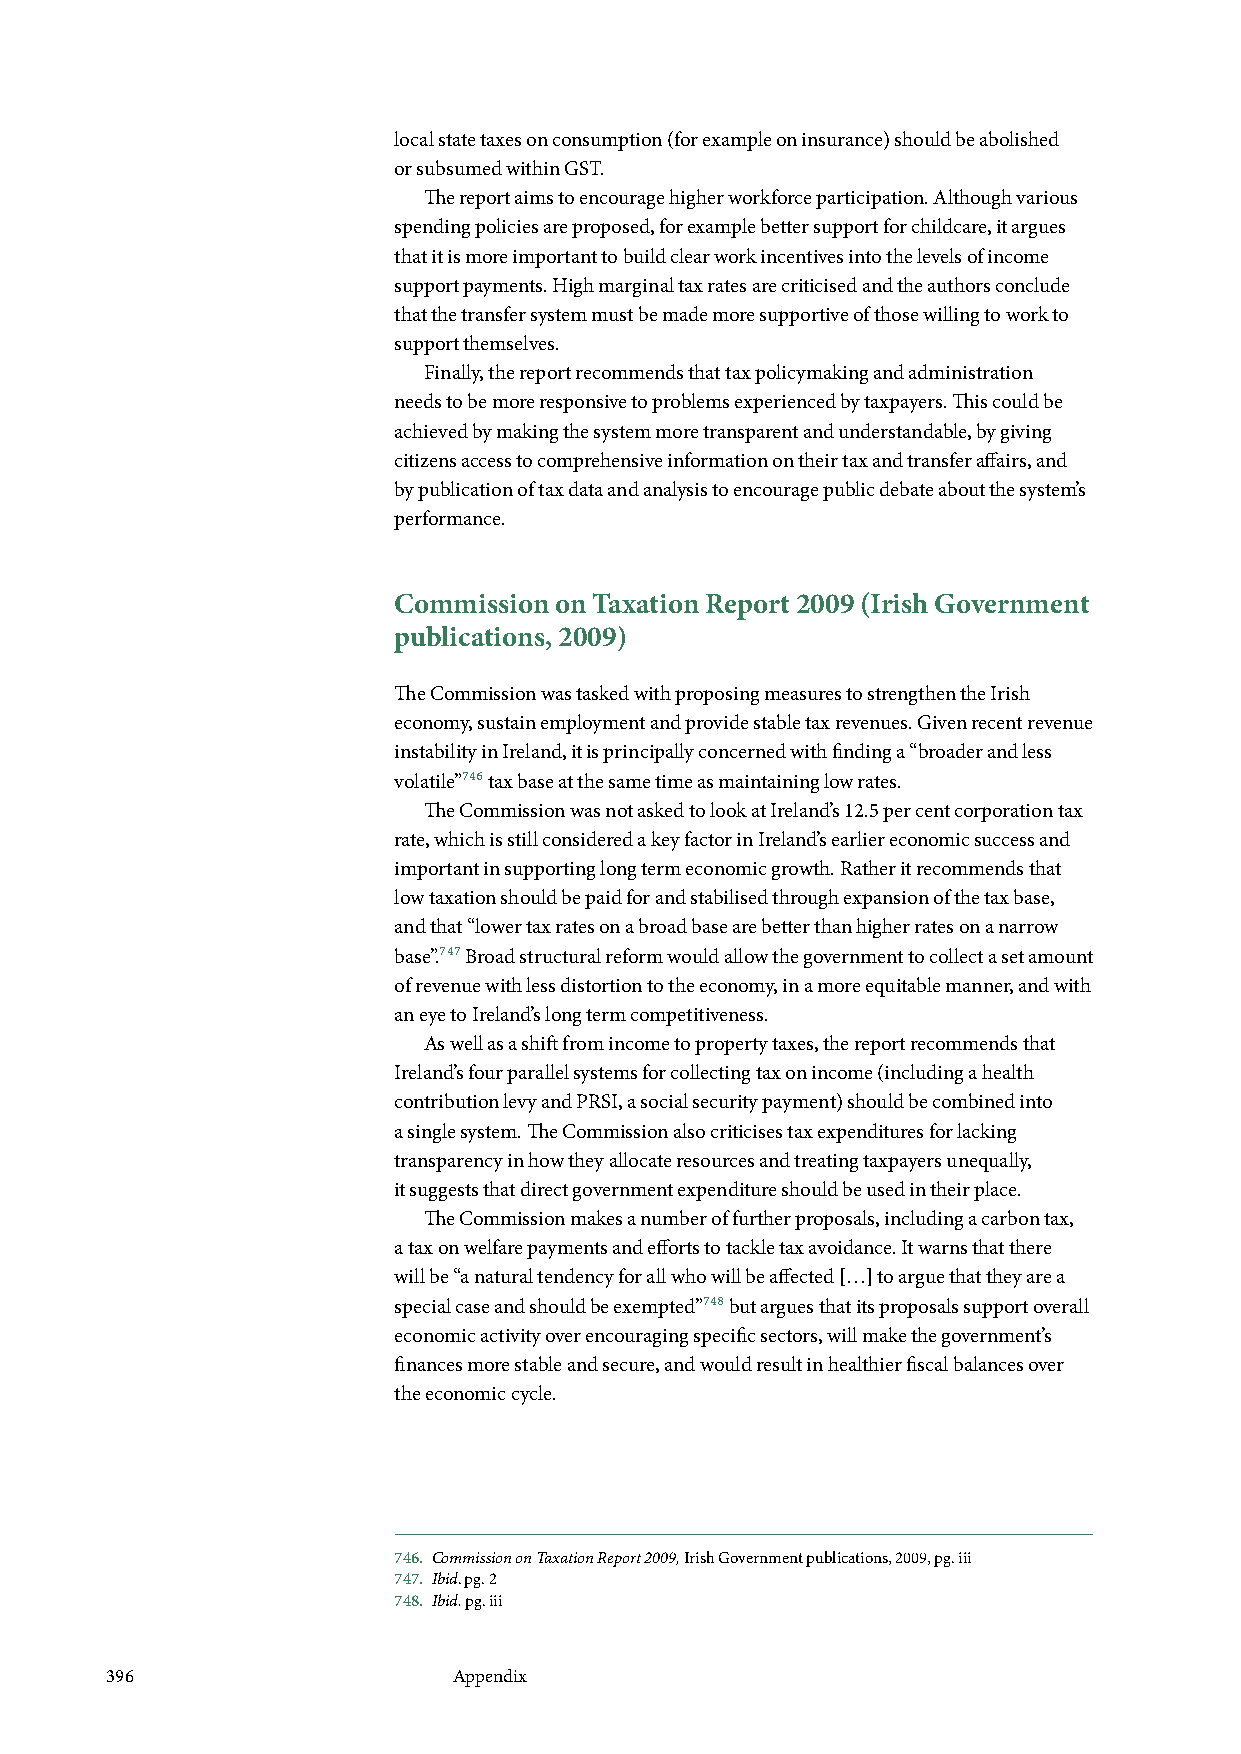
local state taxes on consumption (for example on insurance) should be abolished
 or subsumed within GST.
 The report aims to encourage higher workforce participation. Although various
 spending policies are proposed, for example better support for childcare, it argues
 that it is more important to build clear work incentives into the levels of income
 support payments. High marginal tax rates are criticised and the authors conclude
 that the transfer system must be made more supportive of those willing to work to
 support themselves.
 Finally, the report recommends that tax policymaking and administration
 needs to be more responsive to problems experienced by taxpayers. This could be
 achieved by making the system more transparent and understandable, by giving
 citizens access to comprehensive information on their tax and transfer affairs, and
 by publication of tax data and analysis to encourage public debate about the system’s
 performance.
 Commission on Taxation Report 2009 (Irish Government
 publications, 2009)
 The Commission was tasked with proposing measures to strengthen the Irish
 economy, sustain employment and provide stable tax revenues. Given recent revenue
 instability in Ireland, it is principally concerned with finding a “broader and less
 volatile”746 tax base at the same time as maintaining low rates.
 The Commission was not asked to look at Ireland’s 12.5 per cent corporation tax
 rate, which is still considered a key factor in Ireland’s earlier economic success and
 important in supporting long term economic growth. Rather it recommends that
 low taxation should be paid for and stabilised through expansion of the tax base,
 and that “lower tax rates on a broad base are better than higher rates on a narrow
 base”.747 Broad structural reform would allow the government to collect a set amount
 of revenue with less distortion to the economy, in a more equitable manner, and with
 an eye to Ireland’s long term competitiveness.
 As well as a shift from income to property taxes, the report recommends that
 Ireland’s four parallel systems for collecting tax on income (including a health
 contribution levy and PRSI, a social security payment) should be combined into
 a single system. The Commission also criticises tax expenditures for lacking
 transparency in how they allocate resources and treating taxpayers unequally,
 it suggests that direct government expenditure should be used in their place.
 The Commission makes a number of further proposals, including a carbon tax,
 a tax on welfare payments and efforts to tackle tax avoidance. It warns that there
 will be “a natural tendency for all who will be affected […] to argue that they are a
 special case and should be exempted”748 but argues that its proposals support overall
 economic activity over encouraging specific sectors, will make the government’s
 finances more stable and secure, and would result in healthier fiscal balances over
 the economic cycle.
 746. Commission on Taxation Report 2009, Irish Government publications, 2009, pg. iii
 747. Ibid. pg. 2
 748. Ibid. pg. iii
 396                    Appendix